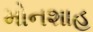
મોનશાહ